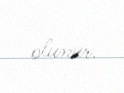
olunur.